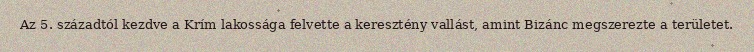
Az 5. századtól kezdve a Krím lakossága felvette a keresztény vallást, amint Bizánc megszerezte a területet.